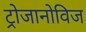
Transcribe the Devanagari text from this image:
ट्रोजानोविज